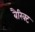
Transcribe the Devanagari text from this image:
बैरिक्ट